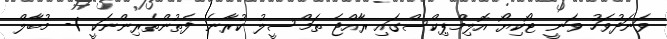
ވަނަދުވަހު ވަނީ ޓޯކިޔޯ އޮލިމްޕިކްސްގައި ރާއްޖެ ތަމްސީލު ކުރާނެ ފެތުންތެރިންނަކީ 1- މުބާލް